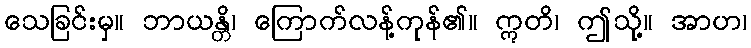
သေခြင်းမှ။ ဘာယန္တိ၊ ကြောက်လန့်ကုန်၏။ ဣတိ၊ ဤသို့။ အာဟ၊